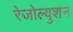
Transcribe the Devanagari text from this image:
रेजोल्युशन